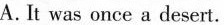
A. It was once a desert.